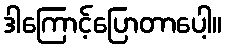
ဒါကြောင့်ပြောတာပေါ့။